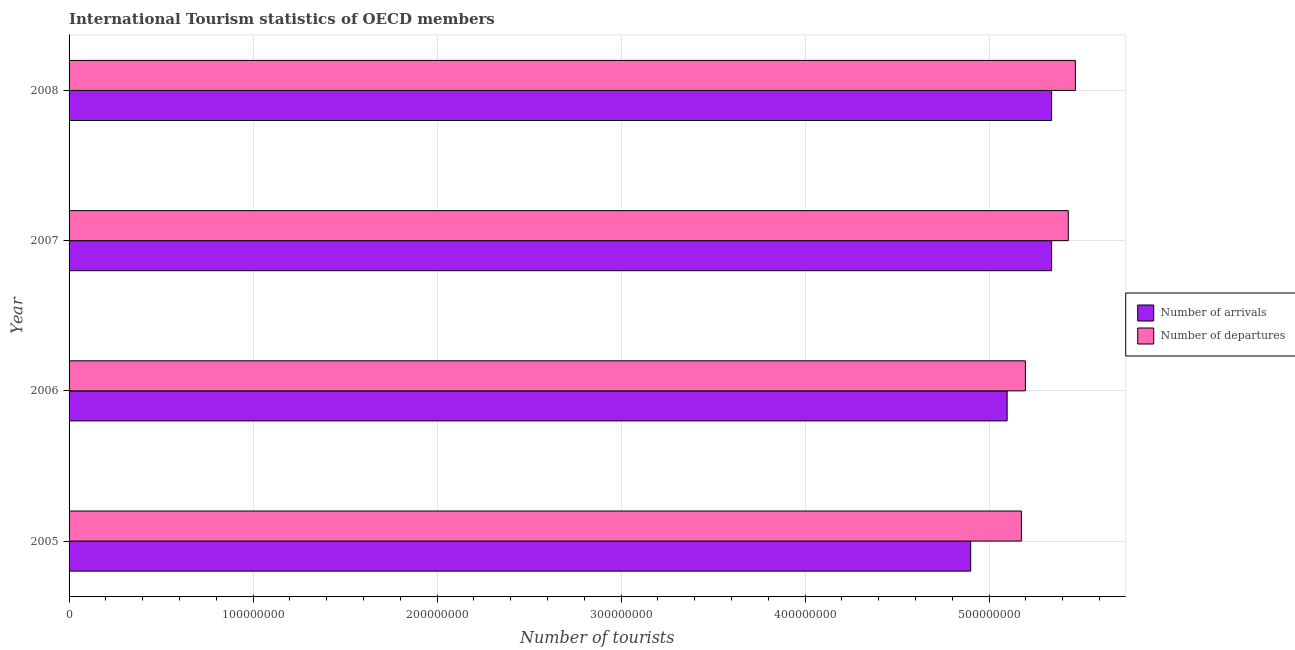
| Year | Number of arrivals | Number of departures |
 | --- | --- | --- |
 | 2005 | 4.9e+08 | 5.18e+08 |
 | 2006 | 5.1e+08 | 5.2e+08 |
 | 2007 | 5.34e+08 | 5.43e+08 |
 | 2008 | 5.34e+08 | 5.47e+08 |